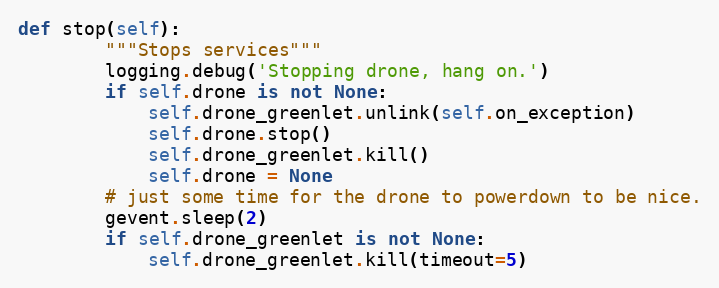
Language: Python
def stop(self):
        """Stops services"""
        logging.debug('Stopping drone, hang on.')
        if self.drone is not None:
            self.drone_greenlet.unlink(self.on_exception)
            self.drone.stop()
            self.drone_greenlet.kill()
            self.drone = None
        # just some time for the drone to powerdown to be nice.
        gevent.sleep(2)
        if self.drone_greenlet is not None:
            self.drone_greenlet.kill(timeout=5)